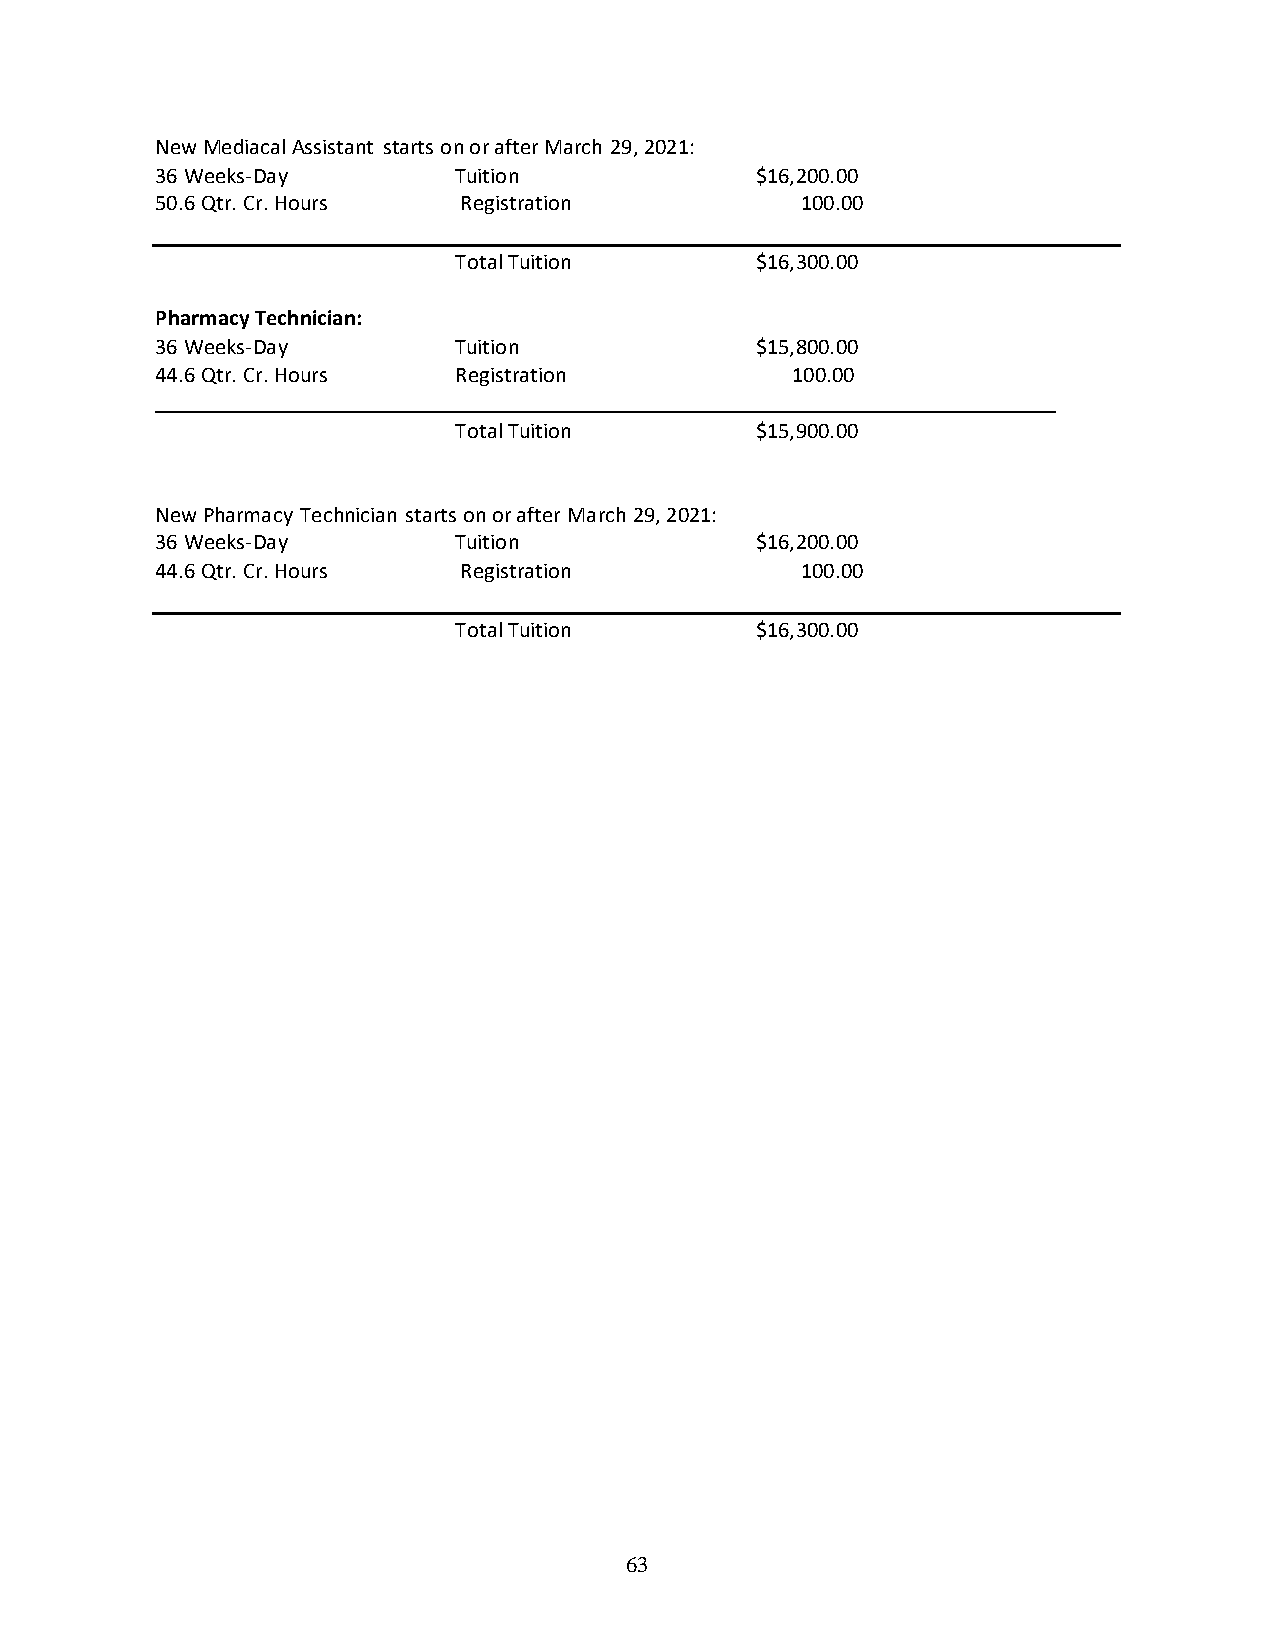
New Mediacal Assistant starts on or after March 29, 2021:
 36 Weeks-Day        Tuition             $16,200.00
 50.6 Qtr. Cr. Hours Registration           100.00
 Total Tuition       $16,300.00
 Pharmacy Technician:
 36 Weeks-Day        Tuition             $15,800.00
 44.6 Qtr. Cr. Hours Registration          100.00
 Total Tuition       $15,900.00
 New Pharmacy Technician starts on or after March 29, 2021:
 36 Weeks-Day        Tuition             $16,200.00
 44.6 Qtr. Cr. Hours Registration           100.00
 Total Tuition       $16,300.00
 63